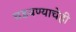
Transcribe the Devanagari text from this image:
घडवण्याचेही